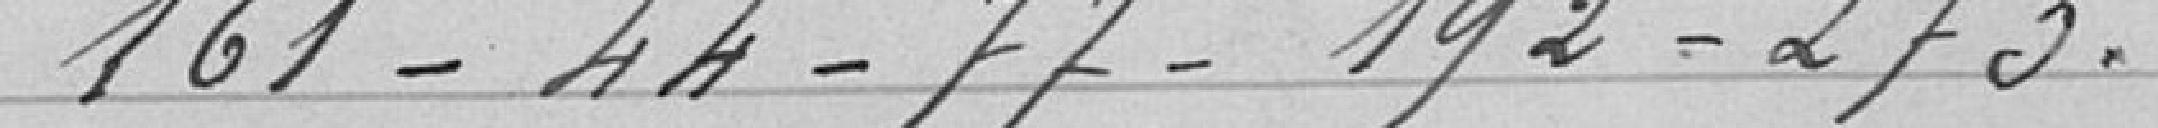
161 - 44 - 77 - 192 - 273.